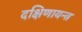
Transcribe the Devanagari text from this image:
दक्षिणायन्त्र